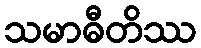
သမာဓီတိဿ